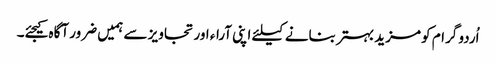
اُردو گرام کو مزید بہتر بنانے کیلئے اپنی آراء اور تجاویز سے ہمیں ضرور آگاہ کیجئے۔